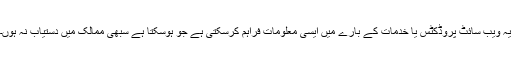
یہ ویب سائٹ پروڈکٹس یا خدمات کے بارے میں ایسی معلومات فراہم کرسکتی ہے جو ہوسکتا ہے سبھی ممالک میں دستیاب نہ ہوں۔